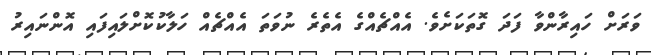
ވަރަށް ހައިރާންވާ ފަދަ ގޮތަކަށެވެ. އެއްޗެއްގެ އެތެރެ ނުވަތަ އެއްޗެއް ހަލާކުކޮށްލައިފައި އޮންނައިރު